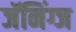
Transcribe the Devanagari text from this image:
जॅनिंग्ज